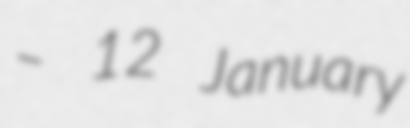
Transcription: – 12 January